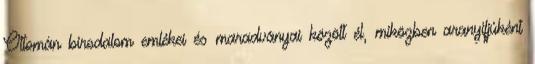
Ottomán birodalom emlékei és maradványai között él, miközben aranyifjúként